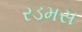
રડમસ